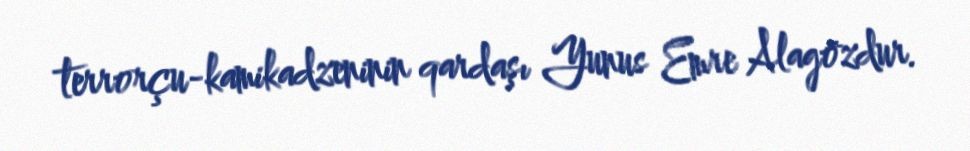
terrorçu-kamikadzeninin qardaşı Yunus Emre Alagözdur.